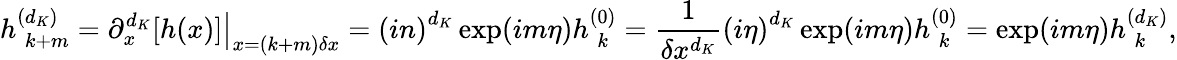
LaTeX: h_{\hphantom{(}k+m}^{(d_{K})}=\left.\partial_{x}^{d_{K}}[h(x)]\right|_{x=(k+m)\delta x}=\left(in\right)^{d_{K}}\exp(im\eta)h_{\hphantom{(}k}^{(0)}=\frac{1}{\delta x^{d_{K}}}\left(i\eta\right)^{d_{K}}\exp(im\eta)h_{\hphantom{(}k}^{(0)}=\exp(im\eta)h_{\hphantom{(}k}^{(d_{K})},